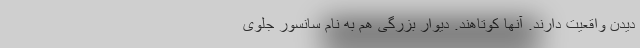
دیدن واقعیت دارند. آنها کوتاهند. دیوار بزرگی هم به نام سانسور جلوی